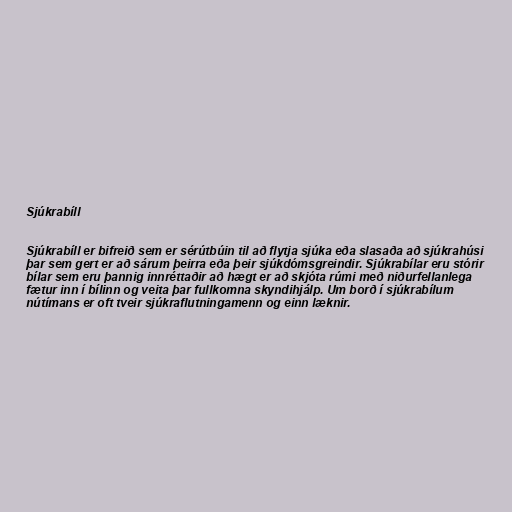
Sjúkrabíll

Sjúkrabíll er bifreið sem er sérútbúin til að flytja sjúka eða slasaða að sjúkrahúsi
þar sem gert er að sárum þeirra eða þeir sjúkdómsgreindir. Sjúkrabílar eru stórir
bílar sem eru þannig innréttaðir að hægt er að skjóta rúmi með niðurfellanlega
fætur inn í bílinn og veita þar fullkomna skyndihjálp. Um borð í sjúkrabílum
nútímans er oft tveir sjúkraflutningamenn og einn læknir.